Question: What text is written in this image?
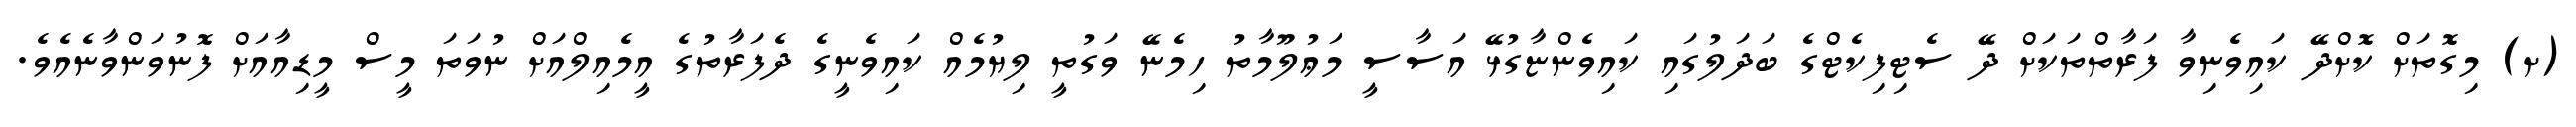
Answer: (ށ) މިގޮތަށް ކޮށްދޭ ކައިވެނިވާ ފަރާތްތަކަށް ދޭ ސެޓިފިކެޓްގެ ބަދަލުގައި ކައިވެންޏާގުޅޭ އަސާސީ މަޢުލޫމާތު ހިމެނޭ ވަގުތީ ލިޔުމެއް ކައިވެނީގެ ދެފަރާތުގެ އީމެއިލްއަށް ނުވަތަ މީސް މީޑިއާއަށް ފޮނުވަންވާނެއެވެ.